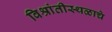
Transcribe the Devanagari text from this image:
विश्रांतीस्थळाचे